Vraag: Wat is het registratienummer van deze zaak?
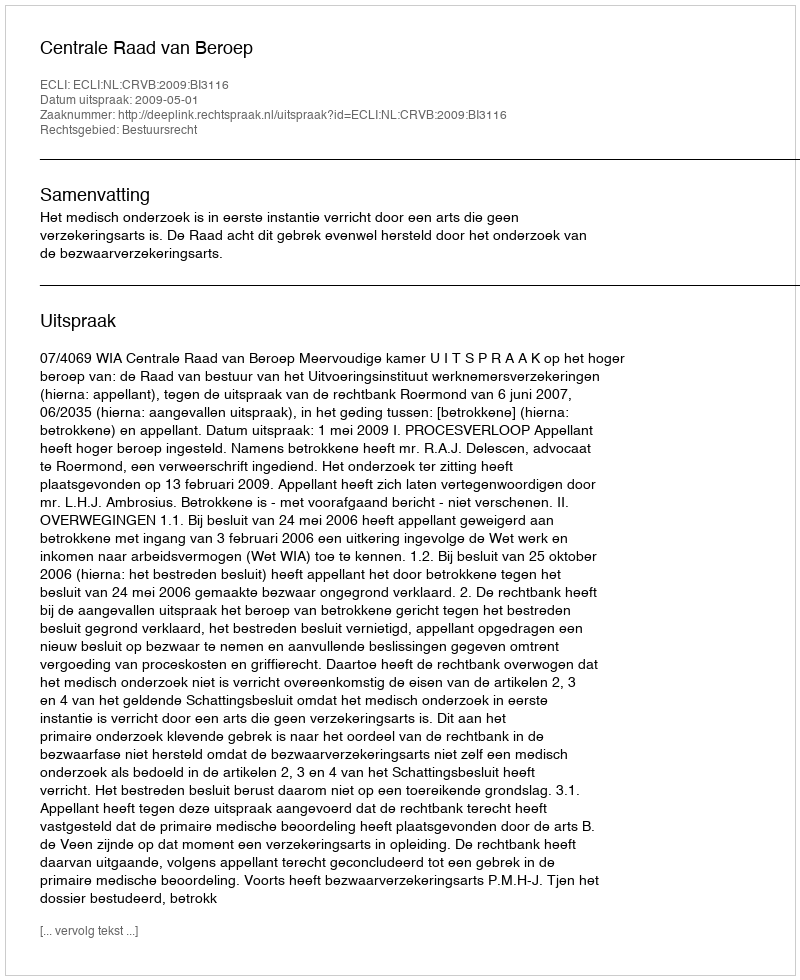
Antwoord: http://deeplink.rechtspraak.nl/uitspraak?id=ECLI:NL:CRVB:2009:BI3116